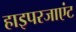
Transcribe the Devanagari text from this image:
हाइपरजाएंट